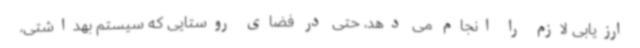
ارزیابی لازم را انجام می دهد، حتی در فضای روستایی که سیستم بهداشتی،